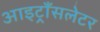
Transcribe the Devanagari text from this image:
आइट्राँसलेटर